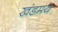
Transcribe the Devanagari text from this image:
खंडमय